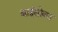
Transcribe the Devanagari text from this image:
बाईसोबत